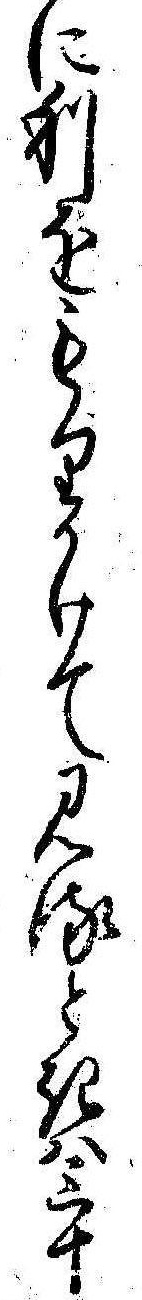
に利をもりかけて見るときは三十